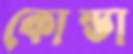
কোন্ডা